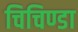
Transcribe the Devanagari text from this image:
चिचिण्डा